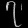
Digit: ၇